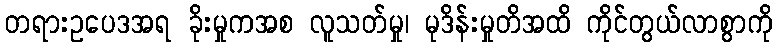
တရားဥပေဒအရ ခိုးမှုကအစ လူသတ်မှု၊ မုဒိန်းမှုတိအထိ ကိုင်တွယ်လာစွာကို